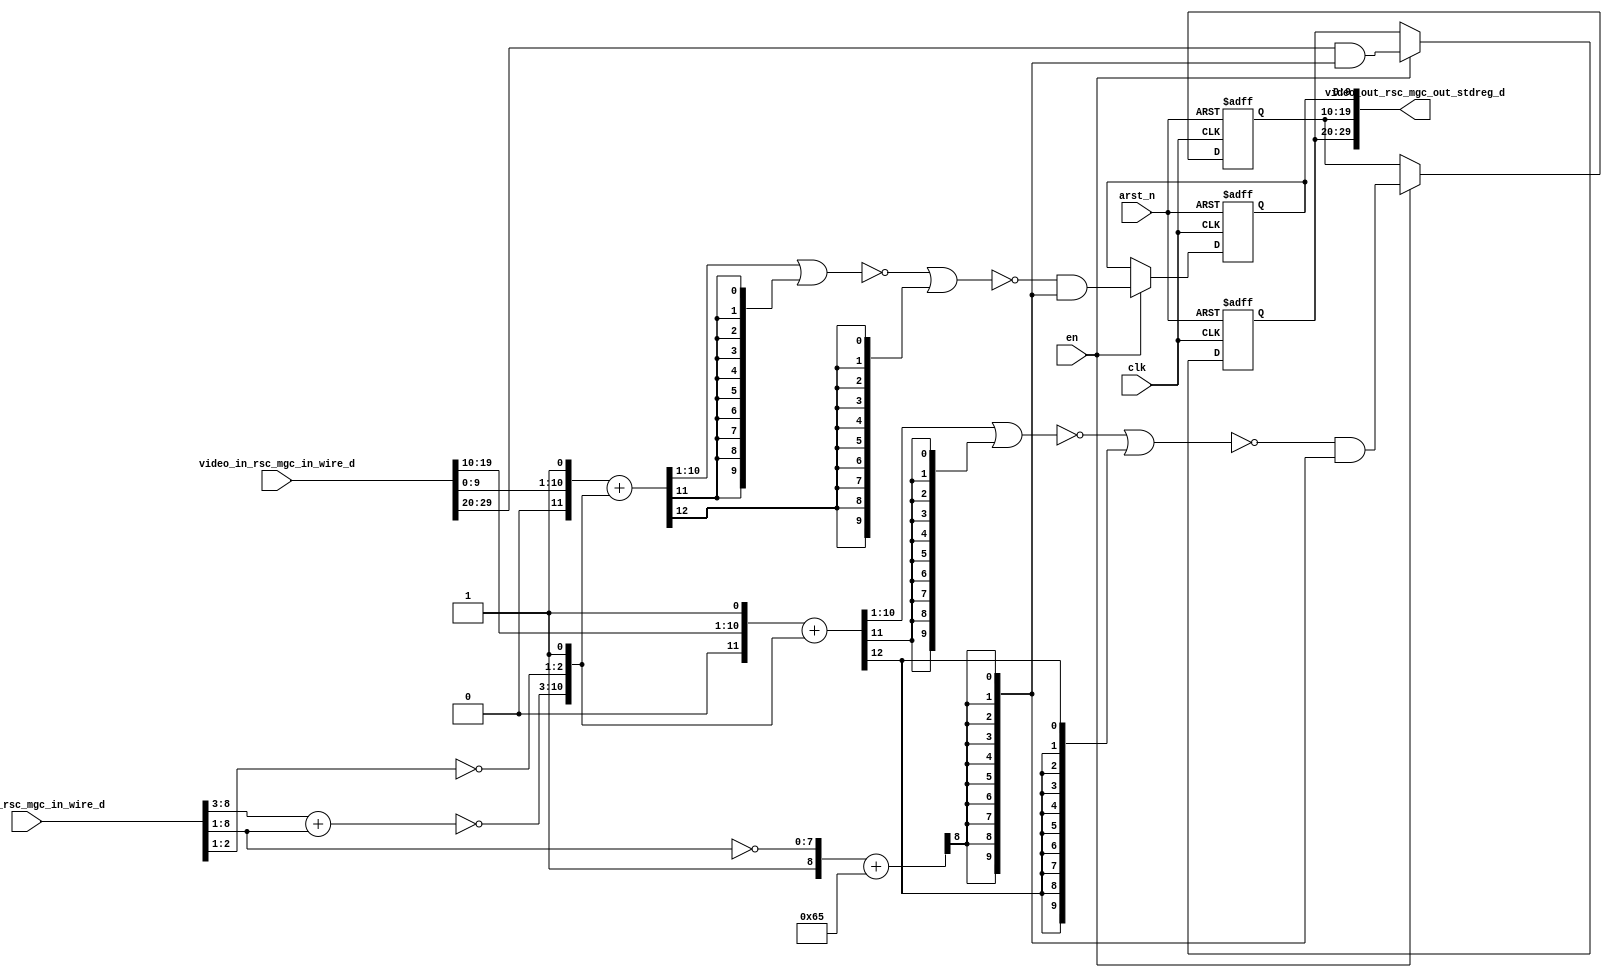
module red_tint_core (
  clk, en, arst_n, video_in_rsc_mgc_in_wire_d, video_out_rsc_mgc_out_stdreg_d, mouse_xy_rsc_mgc_in_wire_d
);
  input clk;
  input en;
  input arst_n;
  input [29:0] video_in_rsc_mgc_in_wire_d;
  output [29:0] video_out_rsc_mgc_out_stdreg_d;
  input [19:0] mouse_xy_rsc_mgc_in_wire_d;


  // Interconnect Declarations
  wire [7:0] acc_1_psp_sva;
  wire [8:0] nl_acc_1_psp_sva;
  reg [9:0] reg_video_out_rsc_mgc_out_stdreg_d_tmp;
  reg [9:0] reg_video_out_rsc_mgc_out_stdreg_d_tmp_1;
  reg [9:0] reg_video_out_rsc_mgc_out_stdreg_d_tmp_2;
  wire [12:0] if_acc_2_itm;
  wire [13:0] nl_if_acc_2_itm;
  wire [12:0] if_acc_itm;
  wire [13:0] nl_if_acc_itm;
  wire [8:0] acc_itm;
  wire [9:0] nl_acc_itm;


  // Interconnect Declarations for Component Instantiations 
  assign video_out_rsc_mgc_out_stdreg_d = {reg_video_out_rsc_mgc_out_stdreg_d_tmp
      , reg_video_out_rsc_mgc_out_stdreg_d_tmp_1 , reg_video_out_rsc_mgc_out_stdreg_d_tmp_2};
  assign nl_if_acc_2_itm = conv_u2s_11_13({(video_in_rsc_mgc_in_wire_d[19:10]) ,
      1'b1}) + conv_s2s_11_13({(~ acc_1_psp_sva) , (~ (mouse_xy_rsc_mgc_in_wire_d[2:1]))
      , 1'b1});
  assign if_acc_2_itm = nl_if_acc_2_itm[12:0];
  assign nl_if_acc_itm = conv_u2s_11_13({(video_in_rsc_mgc_in_wire_d[9:0]) , 1'b1})
      + conv_s2s_11_13({(~ acc_1_psp_sva) , (~ (mouse_xy_rsc_mgc_in_wire_d[2:1]))
      , 1'b1});
  assign if_acc_itm = nl_if_acc_itm[12:0];
  assign nl_acc_1_psp_sva = conv_u2u_6_8(mouse_xy_rsc_mgc_in_wire_d[8:3]) + (mouse_xy_rsc_mgc_in_wire_d[8:1]);
  assign acc_1_psp_sva = nl_acc_1_psp_sva[7:0];
  assign nl_acc_itm = ({1'b1 , (~ (mouse_xy_rsc_mgc_in_wire_d[8:1]))}) + 9'b1100101;
  assign acc_itm = nl_acc_itm[8:0];
  always @(posedge clk or negedge arst_n) begin
    if ( ~ arst_n ) begin
      reg_video_out_rsc_mgc_out_stdreg_d_tmp <= 10'b0;
      reg_video_out_rsc_mgc_out_stdreg_d_tmp_1 <= 10'b0;
      reg_video_out_rsc_mgc_out_stdreg_d_tmp_2 <= 10'b0;
    end
    else begin
      if ( en ) begin
        reg_video_out_rsc_mgc_out_stdreg_d_tmp <= (video_in_rsc_mgc_in_wire_d[29:20])
            & (signext_10_1(acc_itm[8]));
        reg_video_out_rsc_mgc_out_stdreg_d_tmp_1 <= (~((~((if_acc_2_itm[10:1]) |
            (signext_10_1(if_acc_2_itm[11])))) | (signext_10_1(if_acc_2_itm[12]))))
            & (signext_10_1(acc_itm[8]));
        reg_video_out_rsc_mgc_out_stdreg_d_tmp_2 <= (~((~((if_acc_itm[10:1]) | (signext_10_1(if_acc_itm[11]))))
            | (signext_10_1(if_acc_itm[12])))) & (signext_10_1(acc_itm[8]));
      end
    end
  end

  function [9:0] signext_10_1;
    input [0:0] vector;
  begin
    signext_10_1= {{9{vector[0]}}, vector};
  end
  endfunction


  function signed [12:0] conv_u2s_11_13 ;
    input [10:0]  vector ;
  begin
    conv_u2s_11_13 = {{2{1'b0}}, vector};
  end
  endfunction


  function signed [12:0] conv_s2s_11_13 ;
    input signed [10:0]  vector ;
  begin
    conv_s2s_11_13 = {{2{vector[10]}}, vector};
  end
  endfunction


  function  [7:0] conv_u2u_6_8 ;
    input [5:0]  vector ;
  begin
    conv_u2u_6_8 = {{2{1'b0}}, vector};
  end
  endfunction

endmodule
module red_tint (
  video_in_rsc_z, video_out_rsc_z, mouse_xy_rsc_z, clk, en, arst_n
);
  input [29:0] video_in_rsc_z;
  output [29:0] video_out_rsc_z;
  input [19:0] mouse_xy_rsc_z;
  input clk;
  input en;
  input arst_n;


  // Interconnect Declarations
  wire [29:0] video_in_rsc_mgc_in_wire_d;
  wire [29:0] video_out_rsc_mgc_out_stdreg_d;
  wire [19:0] mouse_xy_rsc_mgc_in_wire_d;


  // Interconnect Declarations for Component Instantiations 
  mgc_in_wire #(.rscid(1),
  .width(30)) video_in_rsc_mgc_in_wire (
      .d(video_in_rsc_mgc_in_wire_d),
      .z(video_in_rsc_z)
    );
  mgc_out_stdreg #(.rscid(2),
  .width(30)) video_out_rsc_mgc_out_stdreg (
      .d(video_out_rsc_mgc_out_stdreg_d),
      .z(video_out_rsc_z)
    );
  mgc_in_wire #(.rscid(3),
  .width(20)) mouse_xy_rsc_mgc_in_wire (
      .d(mouse_xy_rsc_mgc_in_wire_d),
      .z(mouse_xy_rsc_z)
    );
  red_tint_core red_tint_core_inst (
      .clk(clk),
      .en(en),
      .arst_n(arst_n),
      .video_in_rsc_mgc_in_wire_d(video_in_rsc_mgc_in_wire_d),
      .video_out_rsc_mgc_out_stdreg_d(video_out_rsc_mgc_out_stdreg_d),
      .mouse_xy_rsc_mgc_in_wire_d(mouse_xy_rsc_mgc_in_wire_d)
    );
endmodule